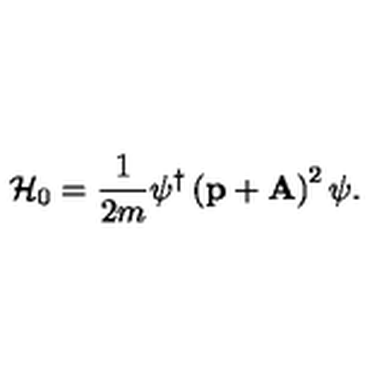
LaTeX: { \cal H } _ { 0 } = { \frac { 1 } { 2 m } } \psi ^ { \dag } \left( \mathrm { \bf p } + \mathrm { \bf A } \right) ^ { 2 } \psi .